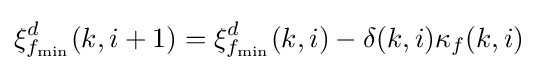
\xi _{f_{\min }}^{d}(k,i+1)=\xi _{f_{\min }}^{d}(k,i)-\delta (k,i)\kappa _{f}(k,i)